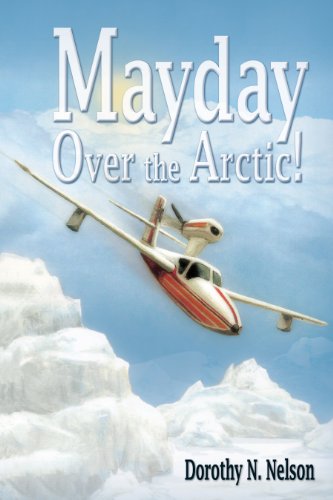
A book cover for Mayday over the Arctic; Dorothy Nelson; Travel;